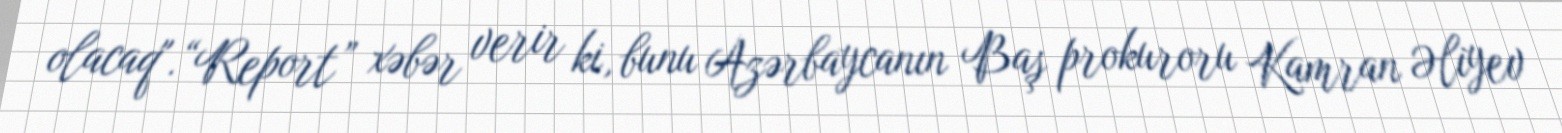
olacaq".“Report” xəbər verir ki, bunu Azərbaycanın Baş prokuroru Kamran Əliyev